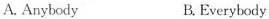
A. Anybody B. Everybody